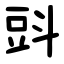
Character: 㪷